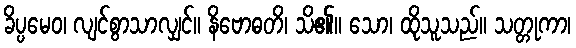
ခိပ္ပမေဝ၊ လျင်စွာသာလျှင်။ နိဗောဓတိ၊ သိ၏။ သော၊ ထိုသူသည်။ သတ္တုကာ၊